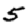
Digit: 5